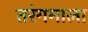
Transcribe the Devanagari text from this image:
तरंगमाला